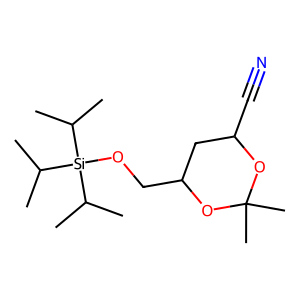
SMILES: CC(C)[Si](OCC1CC(C#N)OC(C)(C)O1)(C(C)C)C(C)C
Inhibits HIV replication: No